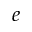
e